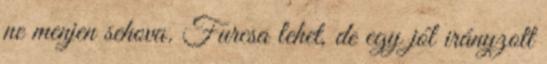
ne menjen sehova. Furcsa lehet, de egy jól irányzott